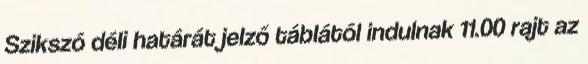
Szikszó déli határát jelző táblától indulnak 11.00 rajt az